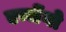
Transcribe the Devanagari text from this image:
एन्जेंगो